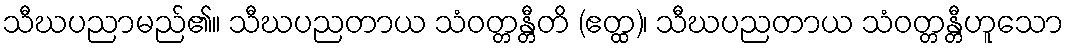
သီဃပညာမည်၏။ သီဃပညတာယ သံဝတ္တန္တီတိ (ဧတ္ထ)၊ သီဃပညတာယ သံဝတ္တန္တီဟူသော